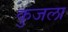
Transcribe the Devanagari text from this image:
कुजला